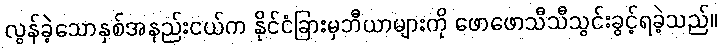
လွန်ခဲ့သောနှစ်အနည်းငယ်က နိုင်ငံခြားမှဘီယာများကို ဖောဖောသီသီသွင်းခွင့်ရခဲ့သည်။